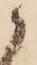
候